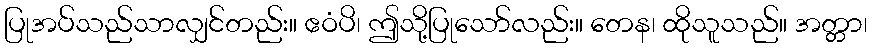
ပြုအပ်သည်သာလျှင်တည်း။ ဧဝံပိ၊ ဤသို့ပြုသော်လည်း။ တေန၊ ထိုသူသည်။ အတ္တာ၊